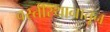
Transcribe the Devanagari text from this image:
वस्तीस्थानातून